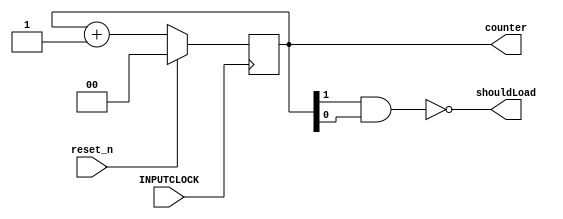
module counter_4bit(INPUTCLOCK, reset_n, counter,shouldLoad);
	input INPUTCLOCK;
	input reset_n;
	output shouldLoad;
	output reg [1:0] counter;
	
	nand(shouldLoad, counter[1], counter[0]);
	
	always @(posedge INPUTCLOCK)
	begin
		if(reset_n == 1'b1)
			counter <= 0;
		else 
			counter <= counter + 1'b1;
	end

endmodule